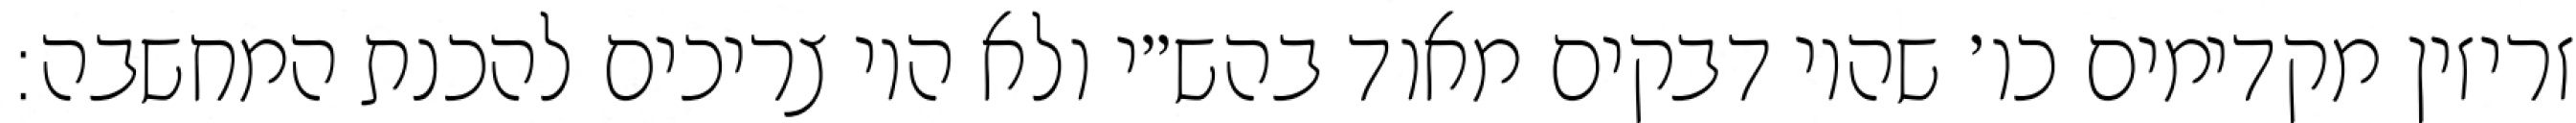
זריזין מקדימים כו׳ שהיו דבקים מאוד בהש״י ולא היו צריכים להכנת המחשבה: